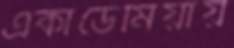
একাডেমিয়ায়